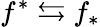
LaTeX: f^{*}\leftrightarrows f_{*}